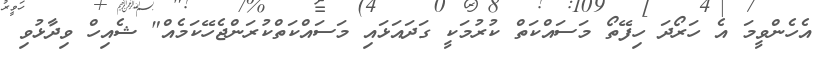
އެހެންވީމަ އެ ހަރޯދަ ހިފޭތޯ މަސައްކަތް ކުރުމަކީ ގަދައަޅައި މަސައްކަތްކުރަންޖެހޭކަމެއް" ޝެއިހް ވިދާޅުވި